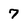
Character: 7